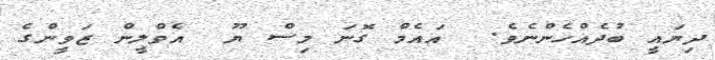
ދިޔައީ ބުދެއްހެންނެވެ.  އައެމް ގޮނަ މިސް ޔޫ  އެވްލީން ޒަވީންގެ